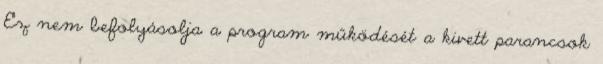
Ez nem befolyásolja a program működését a kivett parancsok